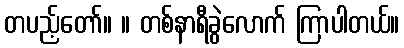
တပည့်တော်။ ။ တစ်နာရီခွဲလောက် ကြာပါတယ်။